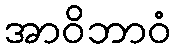
အာဝိဘာဝံ